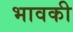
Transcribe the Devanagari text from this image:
भावकी